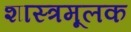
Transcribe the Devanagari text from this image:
शास्त्रमूलक